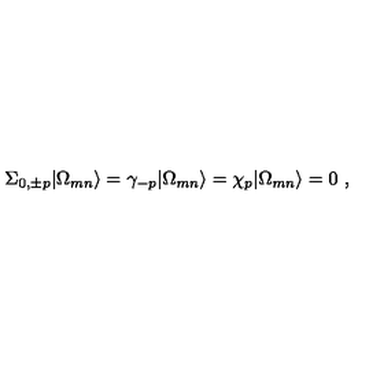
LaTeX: \Sigma _ { 0 , \pm p } | \Omega _ { m n } \rangle = \gamma _ { - p } | \Omega _ { m n } \rangle = \chi _ { p } | \Omega _ { m n } \rangle = 0 \ ,